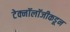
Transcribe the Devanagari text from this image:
टेक्नॉलॉजीकडून